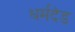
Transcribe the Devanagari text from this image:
धर्मदंड